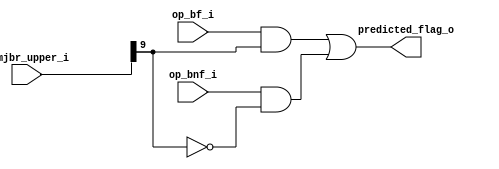
module mor1kx_branch_predictor_simple
   (
    input op_bf_i,               
    input op_bnf_i,              
    input [9:0] immjbr_upper_i,  
    output predicted_flag_o      
    );
   assign predicted_flag_o = op_bf_i & immjbr_upper_i[9] |
                             op_bnf_i & !immjbr_upper_i[9];
endmodule